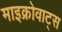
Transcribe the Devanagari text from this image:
माइक्रोवाट्स